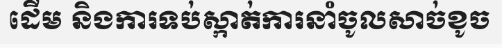
ដើម និងការទប់ស្កាត់ការនាំចូលសាច់ខូច